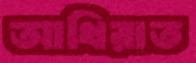
আখিরাত